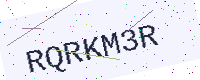
Text: RQRKM3R